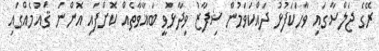
ރޭގެ ޖަލްސާގައި ވާހަކަފުޅު ދައްކަވަމުން ޝިފާޒު ވިދާޅުވީ ބަޣާވާތެއް ކޮށްފައި އޮންނަ ޤައުމެއްގައި